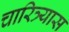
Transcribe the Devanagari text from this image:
चारित्र्यास